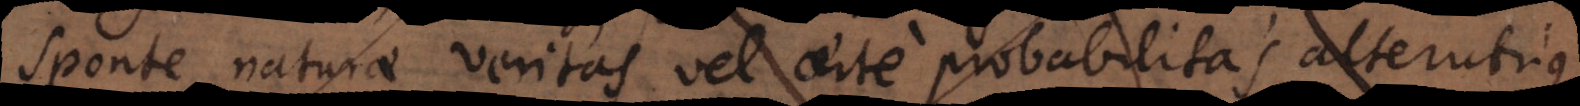
sponte naturae veritas vel certe probabilitas alterutrius